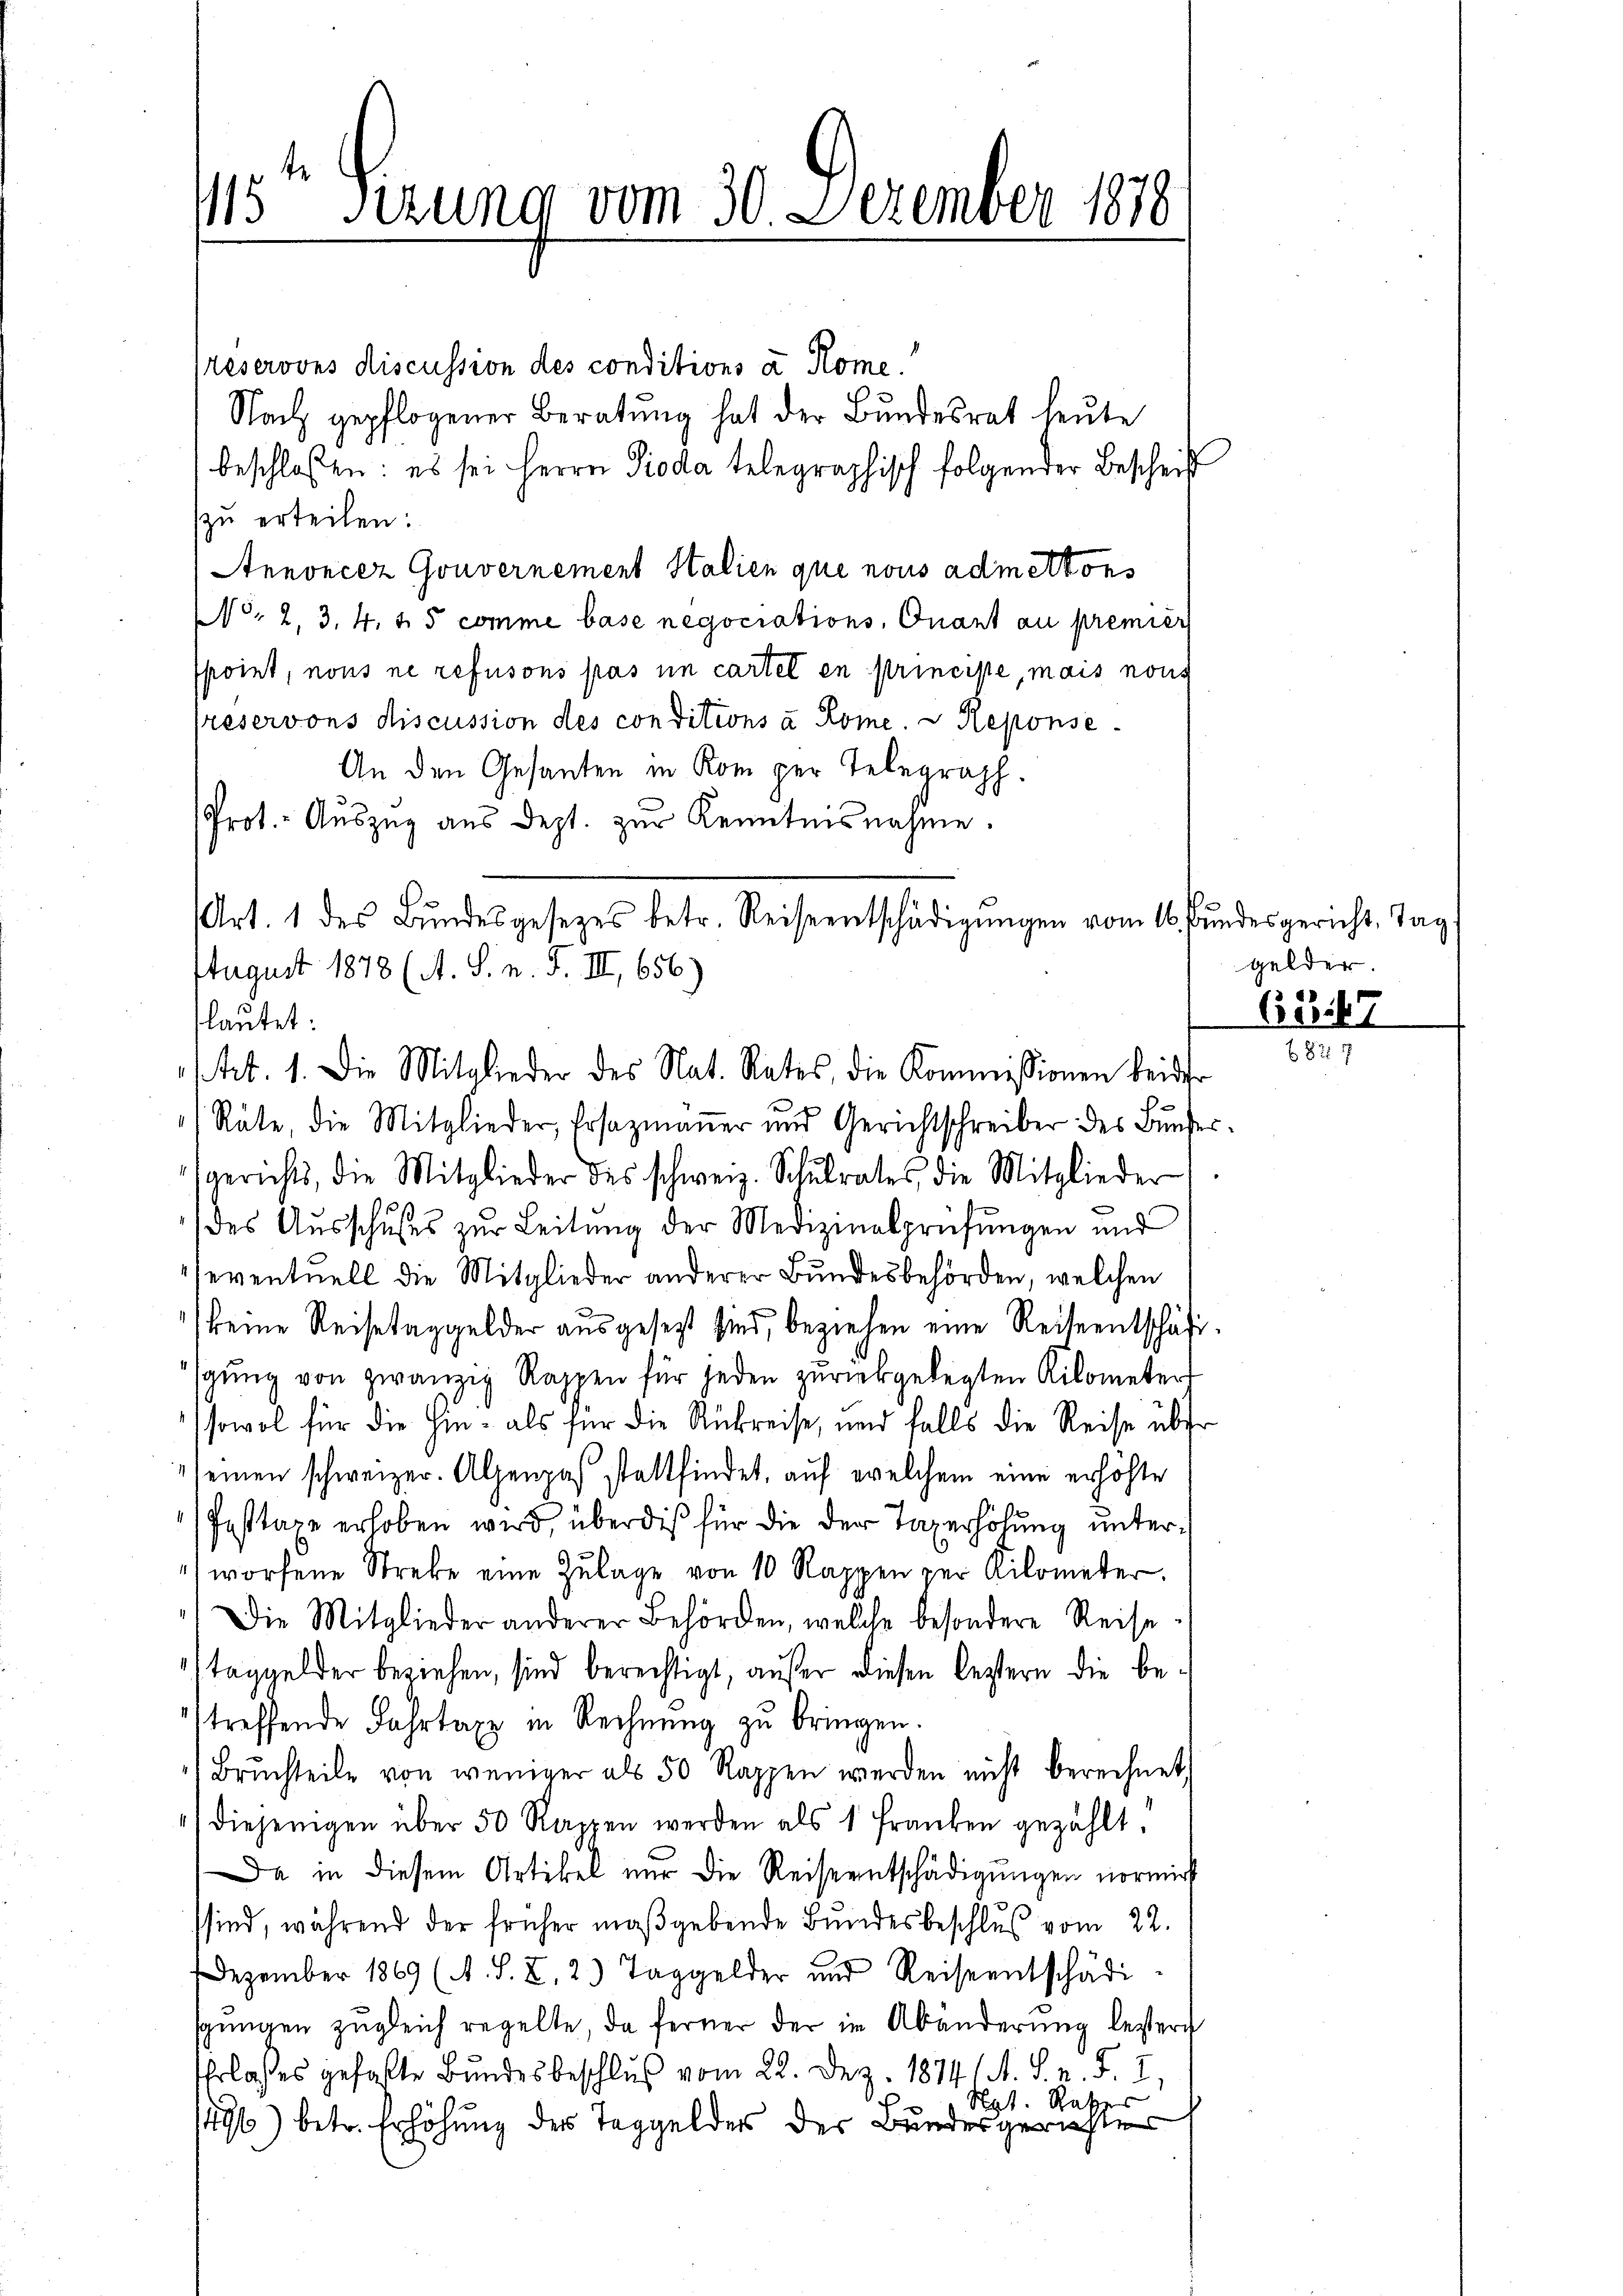
15ten herung vom 30. Dezember 1878

reserovis discussion des conditions à Home.
Nach gepflogener Beratung hat der Bundesrat heute
beschloßen: es sei Herrn Pioda telegraphisch folgender Bescheit
zu erteilen:
Annoncez Gouvernement Halien que nous admettons
(Nr. 2, 3, 4. 15 comme base negociations Quant au premièr
spoint, nous ne refusons pas im cartel en principe, mais nous
reservons discussion des conditions à Rome.  Reponse
An den Gesanten in Kom per Telegraph.
Prot. - Aŭszŭg aŭs dept. zŭr Kenntnisnahme.
s
flautet:
) Räte, die Mitglieder, Ersatzmaṅer und Gerichtschreiber des Bundes
gerichts, die Mitglieder des schweiz. Schŭlrates die Mitglieder
des Ausschußes zur Leitung der Medizinalprüfungen und
eventuell die Mitglieder anderer Bundesbehörden, welchen
) keine Reisetaggelder ausgesetzt sind, beziehen eine Reiseentschäft
gŭng von zwanzig Rappen für jeden zŭrückgelegten Kilometer
sowol für die hin- als für die Rückreise, und falls die Reise über
seinen schweizer. Alpenpas stattfindet, auf welchem eine erhöhte
Fasttage erhoben wird, über dis für die der Taxerhöhung unter
worfene Strebe eine Zulage von 10 Rappen zur Kilometer.
) Die Mitglieder anderer Behörden, welche besondere Reise-
taggelder beziehen, sind berechtigt, außer diesen leztern die betreffende Fahrtaxe in Rechnŭng zu bringen.
Brŭchteile von weniger als 50 Rappen werden nicht berechnet,
diejenigen über 50 Rappen werden als 1 Franken gezählt.
Da in diesem Artikel nur die Reiseentschädigungen normirt
sind, während der früher maßgebende Bundesbeschluß vom 22.
Dezember 1869 (A. S. Z. 2. Taggelder und Reiseentschädi-
gŭngen zŭgleich regelte, da ferner der in Abänderŭng bestern
Ehrloses gefaßte Bundesbeschlus vom 22. Dez. 18741 M. S. n. F. I,
Ryt. Reser
496) betr. Erhöhung der Taggeldes der Bundesgerichter

Art. 1 des Bundesgesetzes betr. Reiseentschädigŭngen vom 16. Bŭndesgericht Tag
August 1878 (A. S. n. F. II, 656.)
stet. 1. Die Mitglieder des Nat. Rates, die Kommissionen beider

gelder.

s

6G17
827